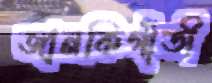
জানকিগাঁতী